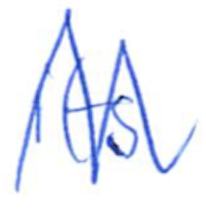
Text: its
Cross-out: zig-zag
Writing tool: ballpoint